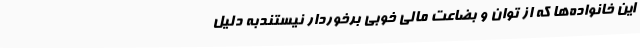
این خانواده‌ها که از توان و بضاعت مالی خوبی برخوردار نیستندبه دلیل